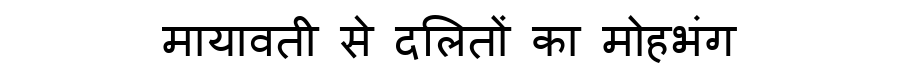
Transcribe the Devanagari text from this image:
मायावती से दलितों का मोहभंग